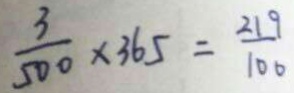
\frac { 3 } { 5 0 0 } \times 3 6 5 = \frac { 2 1 9 } { 1 0 0 }